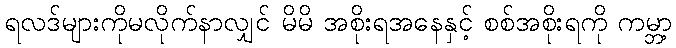
ရလဒ်များကိုမလိုက်နာလျှင် မိမိ အစိုးရအနေနှင့် စစ်အစိုးရကို ကမ္ဘာ့